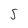
Character: S